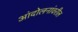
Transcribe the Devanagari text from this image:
आंदोलनांवरील